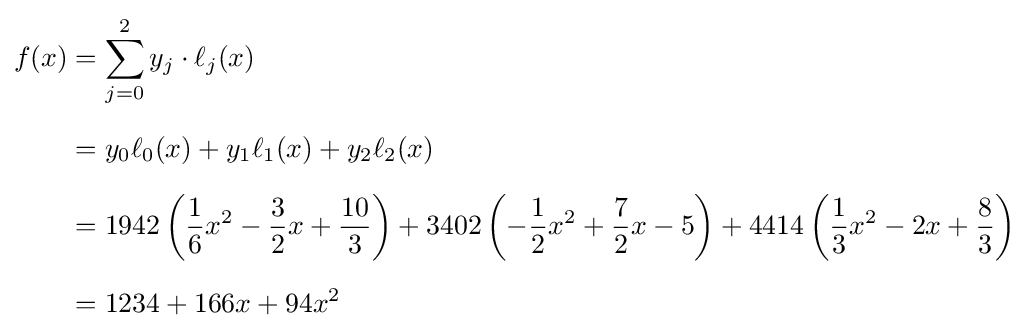
{\begin{aligned}f(x)&=\sum _{j=0}^{2}y_{j}\cdot \ell _{j}(x)\\[6pt]&=y_{0}\ell _{0}(x)+y_{1}\ell _{1}(x)+y_{2}\ell _{2}(x)\\[6pt]&=1942\left({\frac {1}{6}}x^{2}-{\frac {3}{2}}x+{\frac {10}{3}}\right)+3402\left(-{\frac {1}{2}}x^{2}+{\frac {7}{2}}x-5\right)+4414\left({\frac {1}{3}}x^{2}-2x+{\frac {8}{3}}\right)\\[6pt]&=1234+166x+94x^{2}\end{aligned}}